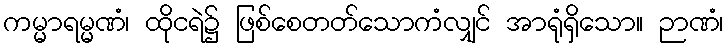
ကမ္မာရမ္မဏံ၊ ထိုငရဲ၌ ဖြစ်စေတတ်သောကံလျှင် အာရုံရှိသော။ ဉာဏံ၊